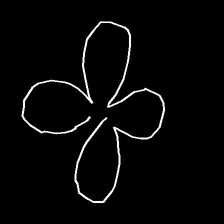
Glyph: billowing